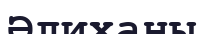
Әлиханы